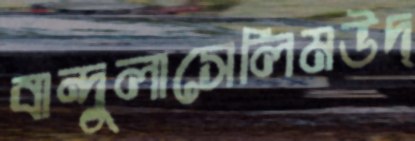
বান্দুলাসেলিমউদ্